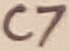
Text: C7